Report of the Municipal Commissioner on the plague in Bombay for the year ending 31st May... - Volume 3
Disease focus: Plague
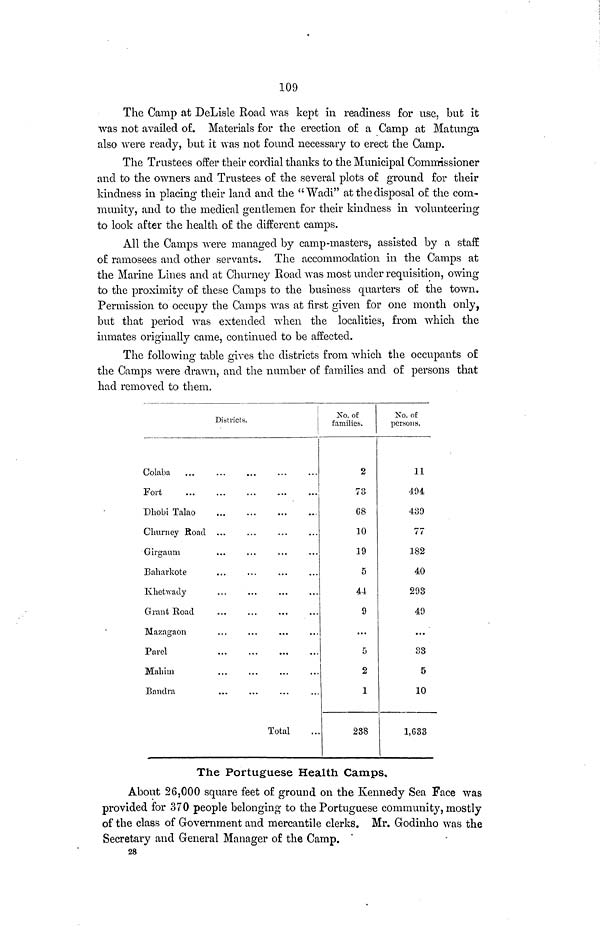
109
The Camp at DeLisle Road was kept in readiness for use, but it
was not availed of. Materials for the erection of a Camp at Matunga
also were ready, but it was not found necessary to erect the Camp.
The Trustees offer their cordial thanks to the Municipal Commissioner
and to the owners and Trustees of the several plots of ground for their
kindness in placing their land and the "Wadi" at the disposal of the com-
munity, and to the medical gentlemen for their kindness in volunteering
to look after the health of the different camps.
All the Camps were managed by camp-masters, assisted by a staff
of ramosees and other servants. The accommodation in the Camps at
the Marine Lines and at Churney Road was most under requisition, owing
to the proximity of these Camps to the business quarters of the town.
Permission to occupy the Camps was at first given for one month only,
but that period was extended when the localities, from which the
inmates originally came, continued to be affected.
The following table gives the districts from which the occupants of
the Camps were drawn, and the number of families and of persons that
had removed to them.
Colaba
Fort
Dhobi Talao
Churney Road
Girgaum
Baharkote
Khetwady
Grant Road
Mazagaon
Pavel
Mahim
Bandra
Total
No. of
families.
2
73
G8
10
19
5
44
9
...
5
2
1
288
No. of
persons.
11
494
439
77
182
40
293
49
...
33
5
10
1,633
The Portuguese Health Camps,
About 26,000 square feet of ground on the Kennedy Sea Face was
provided for 370 people belonging to the Portuguese community, mostly
of the class of Government and mercantile clerks. Mr. Godinho was the
Secretary and General Manager of the Camp.
28